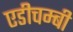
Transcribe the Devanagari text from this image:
एडीचम्बी